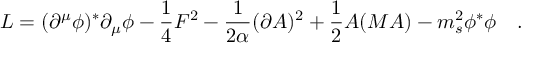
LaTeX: { \cal L } = ( \partial ^ { \mu } \phi ) ^ { \ast } \partial _ { \mu } \phi - { \frac { 1 } { 4 } } F ^ { 2 } - { \frac { 1 } { 2 \alpha } } ( \partial A ) ^ { 2 } + { \frac { 1 } { 2 } } A ( M A ) - m _ { s } ^ { 2 } \phi ^ { \ast } \phi \quad . \; \;